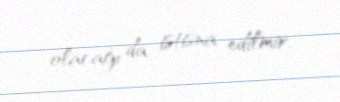
olacağı da istisna edilmir.